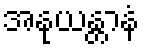
အနုယန္တာနံ